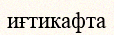
иғтикафта